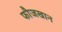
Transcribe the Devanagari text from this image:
फौजखान